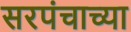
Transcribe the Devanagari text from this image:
सरपंचाच्या